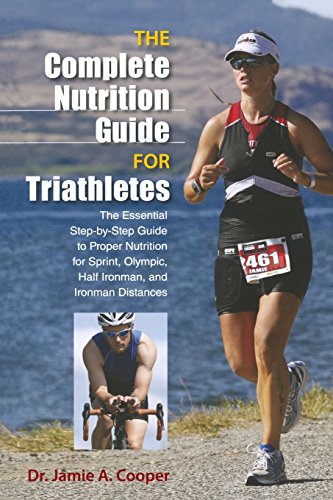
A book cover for Complete Nutrition Guide for Triathletes: The Essential Step-By-Step Guide To Proper Nutrition For Sprint, Olympic, Half Ironman, And Ironman Distances; Jamie Cooper; Health, Fitness & Dieting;